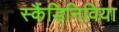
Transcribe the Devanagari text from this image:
स्कैंडिनिविया